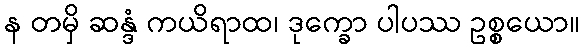
န တမှိ ဆန္ဒံ ကယိရာထ၊ ဒုက္ခော ပါပဿ ဥစ္စယော။